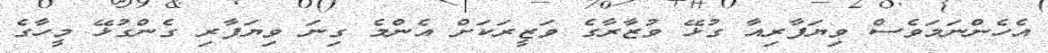
އެހެންނަމަވެސް ވިޔަފާރިއާ ގުޅޭ ވުޒާރާގެ ވަޒީރަކަށް އެންމެ ގިނަ ވިޔަފާރި ގެންގުޅޭ މީހާގެ